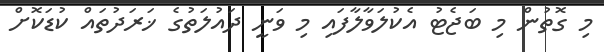
މި ގޮތުން މި ބަޖެޓު އެކުލަވާލާފައި މި ވަނީ ދައުލަތުގެ ޚަރަދުތައް ކުޑަކޮށް